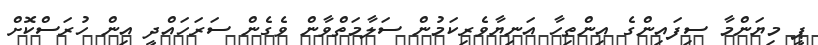
ޕީ މިޔަންމާ ސިފައިންގެ އިންތިހާ އަނިޔާވެރިކަމުން ސަލާމަތްވާން ވެގެން ސަރަހައްދީ އިން ހުރަސްކޮށް